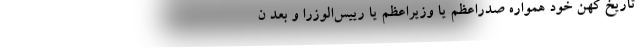
تاریخ کهن خود همواره صدر‌اعظم یا وزیر‌اعظم یا رییس‌الوزرا و بعد ن